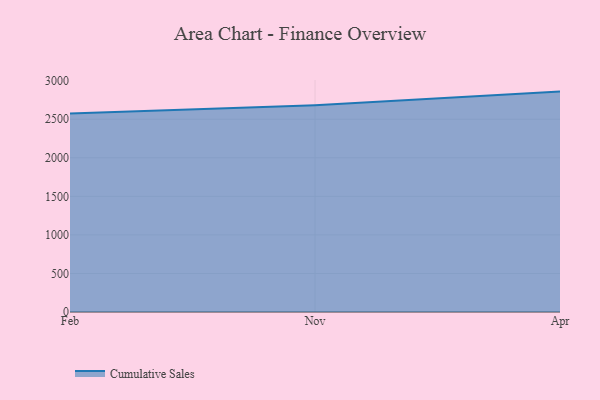
{"axis": {"x": "Month", "y": "Active Users"}, "legend": ["Cumulative Sales"], "data": [{"x": "Feb", "y": 2574.0, "type": "Cumulative Sales"}, {"x": "Nov", "y": 2681.7, "type": "Cumulative Sales"}, {"x": "Apr", "y": 2858.1, "type": "Cumulative Sales"}]}